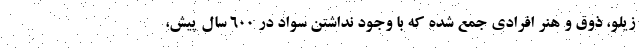
زیلو، ذوق و هنر افرادی جمع شده که با وجود نداشتن سواد در ۶۰۰ سال پیش،